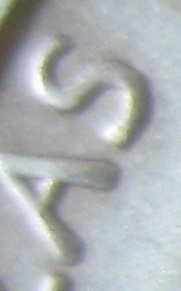
AS